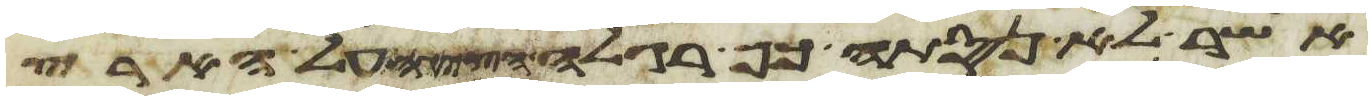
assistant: אשר לא נסתה כף רגלה הציגה על הארץ